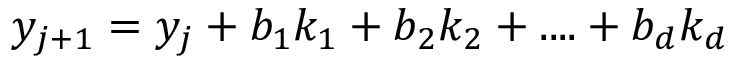
y _ { j + 1 } = y _ { j } + b _ { 1 } k _ { 1 } + b _ { 2 } k _ { 2 } + . . . . + b _ { d } k _ { d }